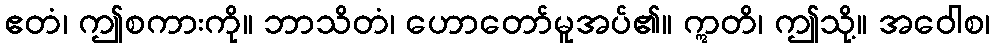
ဧတံ၊ ဤစကားကို။ ဘာသိတံ၊ ဟောတော်မူအပ်၏။ ဣတိ၊ ဤသို့။ အဝေါစ၊